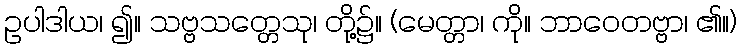
ဥပါဒါယ၊ ၍။ သဗ္ဗသတ္တေသု၊ တို့၌။ (မေတ္တာ၊ ကို။ ဘာဝေတဗ္ဗာ၊ ၏။)